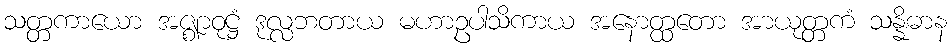
သတ္တကာယော အဇ္ဈာဝုဋ္ဌံ ဒုလ္လဘတာယ မဟာဥပါသိကာယ အနောတ္ထတော အာယုတ္တကံ သန္နိဓာန